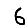
Digit: 6